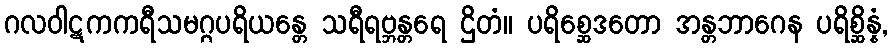
ဂလဝါဋကကရီသမဂ္ဂပရိယန္တေ သရီရဗ္ဘန္တရေ ဌိတံ။ ပရိစ္ဆေဒတော အန္တဘာဂေန ပရိစ္ဆိန္နံ,